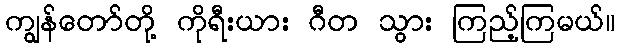
ကျွန်တော်တို့ ကိုရီးယား ဂီတ သွား ကြည့်ကြမယ်။